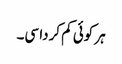
ہر کوئی کم کردا سی۔